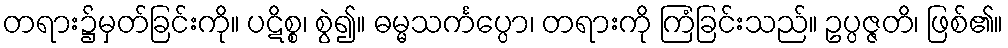
တရား၌မှတ်ခြင်းကို။ ပဋိစ္စ၊ စွဲ၍။ ဓမ္မသင်္ကပ္ပော၊ တရားကို ကြံခြင်းသည်။ ဥပ္ပဇ္ဇတိ၊ ဖြစ်၏။